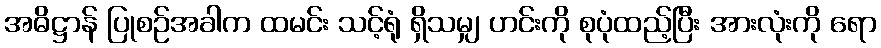
အဓိဋ္ဌာန် ပြုစဉ်အခါက ထမင်း သင့်ရုံ ရှိသမျှ ဟင်းကို စုပုံထည့်ပြီး အားလုံးကို ရော